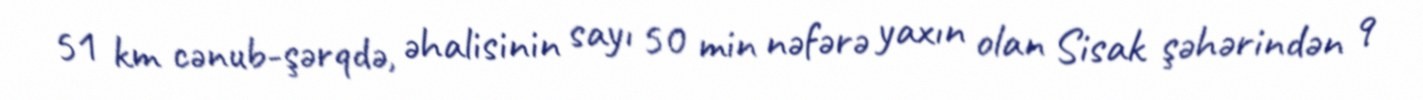
51 km cənub-şərqdə, əhalisinin sayı 50 min nəfərə yaxın olan Sisak şəhərindən 9